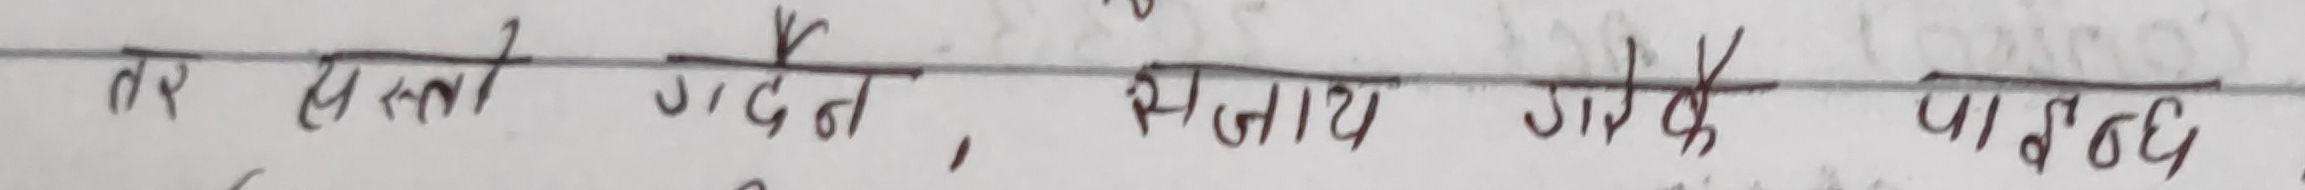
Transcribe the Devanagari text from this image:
तर यस्तो गदन, सजाय गा के पा छै।